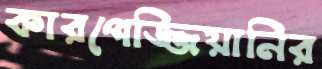
কারপেজ্জিয়ানির